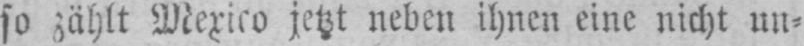
so zählt Mexico jetzt neben ihnen eine nicht un⸗